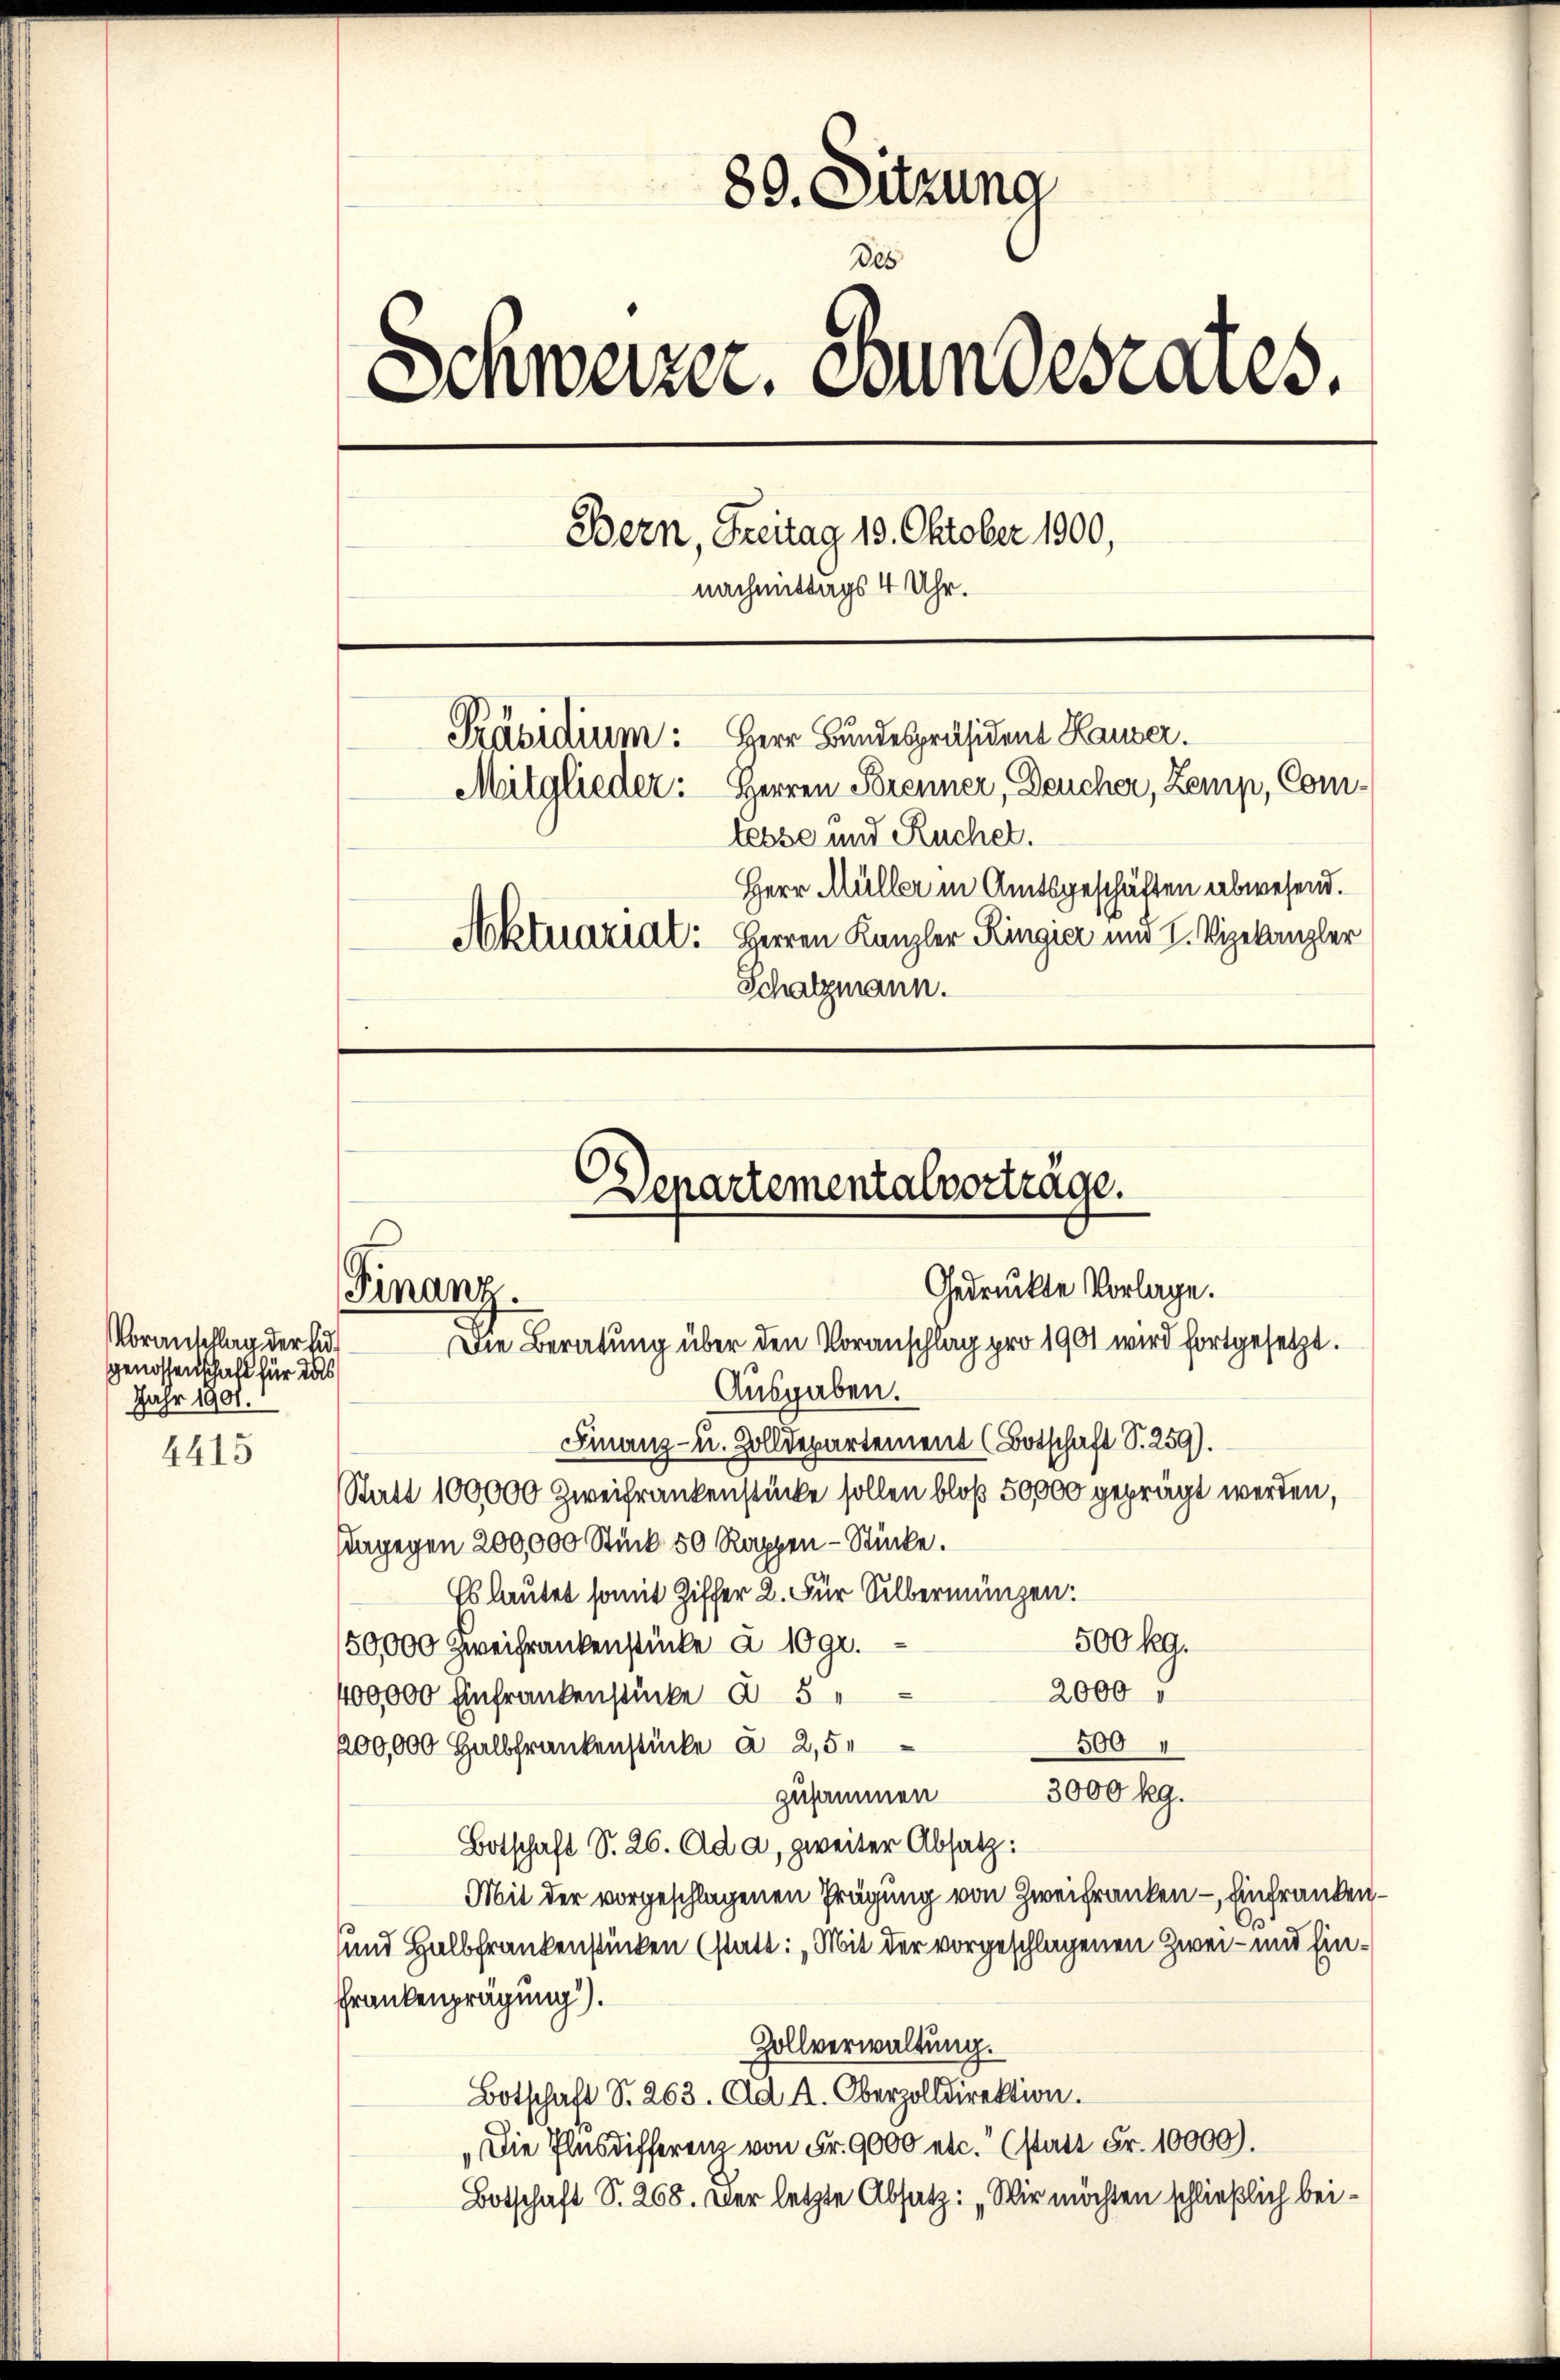
Voranschlag der Eidgenossenschaft für das
Jahr 1901.

4415

89. Sitzung
Des
Schweizer. Bundesrates.
Bern, Freitag 19. Oktober 1900,
nachmittags 4 Uhr.
Herr Bundespräsident Hauser.
Präsidium:
Mitglieder: Herren Brenner, Deucher, Zemp, Comtesse und Ruchel.
Herr Müller in Amtsgeschäften abwesend.
Aktuariat: Herren Kanzler Ringier und I. Vizekanzler
Schatzmann.

Departementalverträge.
Gedruckte Vorlage.
Finanz.
Die Beratung über den Voranschlag pro 1901 wird fortgesetzt.
Ausgaben.

Finanz- u. Zolldepartement (Botschaft S. 259).
Statt 100000 Zweifrankenstücke sollen bloß 50,000 geprägt werden,
dagegen 200,000 Stück 50 Rappen - Stücke.
Es lautet somit Ziffer 2. Für Silbermungen:
500 kg.
50,000 Zweifrankenstücke à 10 gr.
2000
400,000 Einfrankenstücke a 5
500
200,000 Halbfrankenstücke à 2,5
3000 kg.
zusammen
Botschaft S. 26. Ad a, zweiter Absatz:
Mit der vorgeschlagenen Prägung von Zweifranken – Einfranken –
und Halbfrankenstücken (statt: „Mit der vorgeschlagenen Zwei- und Ein¬
Frankenprägung).
Zollverwaltung.
Botschaft S. 263. Ad. A. Oberzolldirektion.
„Die Plusdifferenz von Fr. 9000 etc. (statt Fr. 10000).
Botschaft S. 268. Der letzte Absatz: „Wir möchten schließlich bei¬